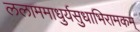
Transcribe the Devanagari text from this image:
ललाममाधुर्यसुधाभिरामकम्